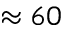
\approx 6 0